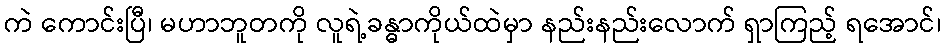
ကဲ ကောင်းပြီ၊ မဟာဘူတကို လူရဲ့ခန္ဓာကိုယ်ထဲမှာ နည်းနည်းလောက် ရှာကြည့် ရအောင်၊